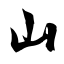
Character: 山